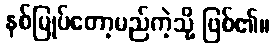
နစ်မြုပ်တော့မည်ကဲ့သို့ ဖြစ်၏။